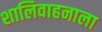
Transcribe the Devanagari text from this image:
शालिवाहनाला